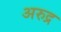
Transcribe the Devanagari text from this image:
अरुद्र